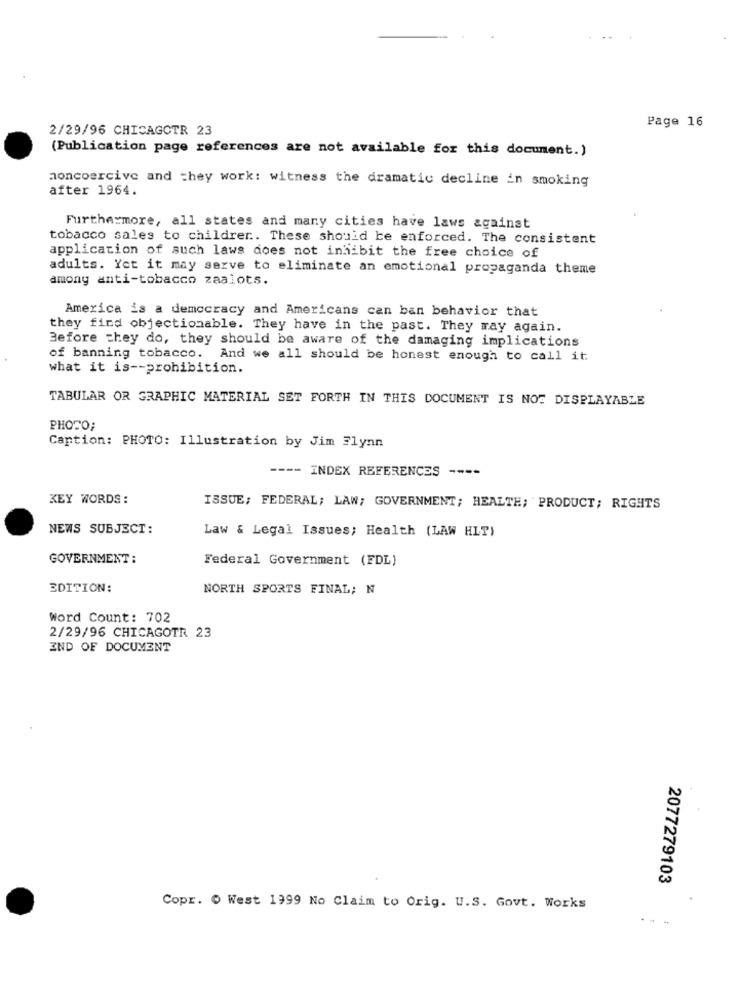
Page 16
2/29/96 CHICAGOTR 23
(Publication page references are not available for this document.)
aoncoercive and they work: witness the dramatic decline in smoking
after 1964.
Furthermore, all states and many cities have laws against
tobacco sales to children .. These should be enforced. The consistent
application of such laws does not inhibit the free choice of
adults. Yet it may serve to eliminate an emotional propaganda theme
amony anti-tobacco zaalots.
America is a democracy and Americans can ban behavior that
they find objectionable. They have in the past. They may again.
Before they do, they should be aware of the damaging implications
of banning tobacco. And we all should be honest enough to call it
what it is -- prohibition.
TABULAR OR GRAPHIC MATERIAL SET FORTH IN THIS DOCUMENT IS NOT DISPLAYABLE
PHOTO;
Caption: PHOTO: Illustration by Jim Flynn
---- INDEX REFERENCES ----
KEY WORDS :
ISSUE; FEDERAL; LAW; GOVERNMENT; HEALTH; PRODUCT; RIGHTS
NEWS SUBJECT:
Law & Legal Issues; Health (LAW HLT)
GOVERNMENT :
Federal Government (FDL)
EDITION:
NORTH SPORTS FINAL; N
Word Count: 702
2/29/96 CHICAGOTR 23
END OF DOCUMENT
2077279103
Copr. 0 West 1999 No Claim to Orig. U.S. Govt. Works
---